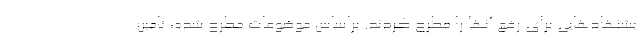
یشنهادهایی برای رفع آنها را مطرح کردند. براساس موضوعات مطرح شده، تامین